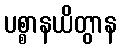
ပစ္စာနယိတွာန